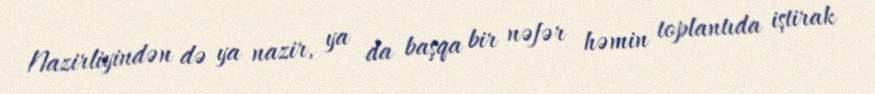
Nazirliyindən də ya nazir, ya da başqa bir nəfər həmin toplantıda iştirak